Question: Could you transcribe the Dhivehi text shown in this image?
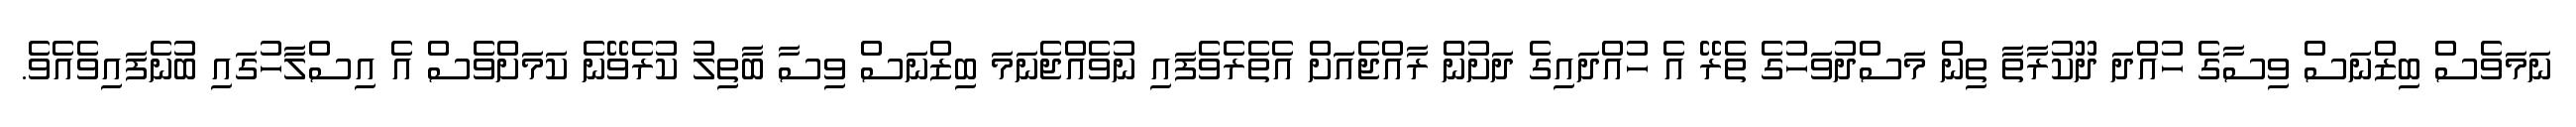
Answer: ނަމަވެސް ބިޒްނަސް ވިސާގެ ހުއްދަ ދޫކުރާތާ ތިން މަސްދުވަހުގެ ތެރޭ އެ ހުއްދައިގެ ދަށުން ރާއްޖެއަށް އެތެރެވެފައި ނުވެއްޖެނަމަ ބިޒްނަސް ވިސާ ބާތިލު ކުރެވޭނެ ކަމަށްވެސް އެ އިސްލާހުގައި ބުނެފައިވެއެވެ.